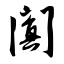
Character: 阗